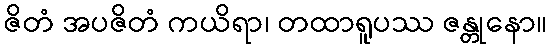
ဇိတံ အပဇိတံ ကယိရာ၊ တထာရူပဿ ဇန္တုနော။